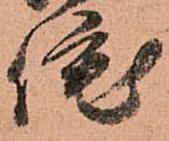
侘